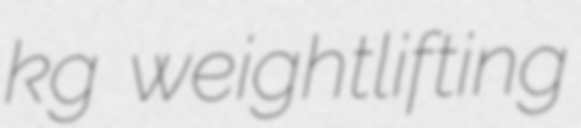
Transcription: kg weightlifting